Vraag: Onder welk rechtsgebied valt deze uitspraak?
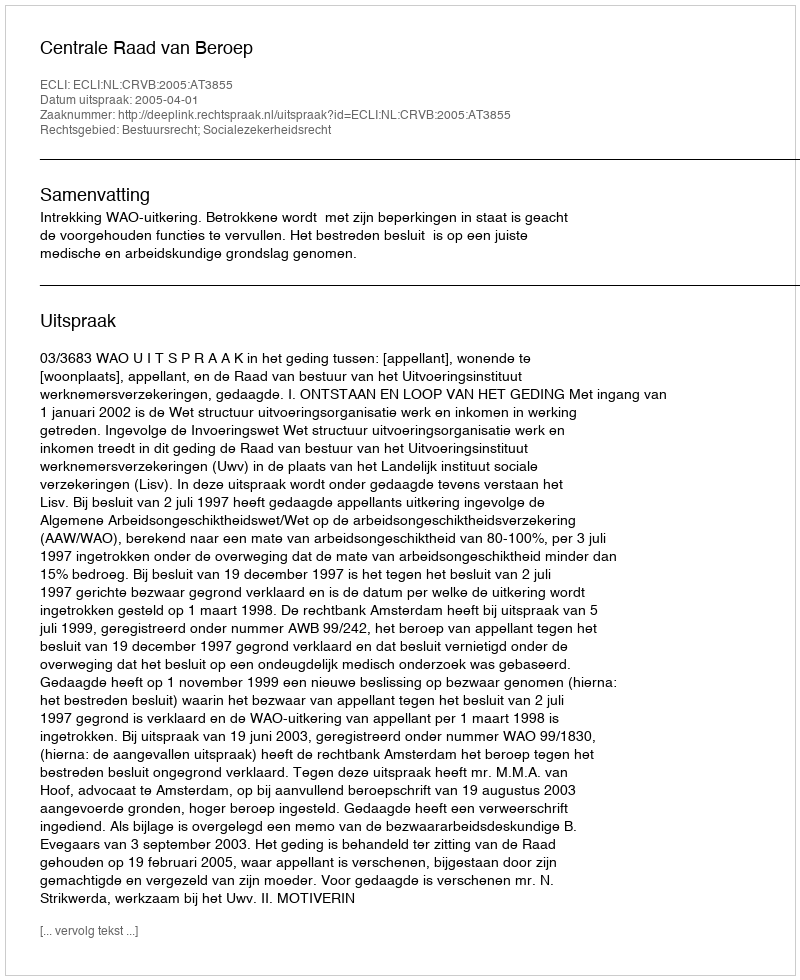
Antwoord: Bestuursrecht; Socialezekerheidsrecht